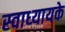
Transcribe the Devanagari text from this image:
स्‍वाध्‍यायके